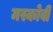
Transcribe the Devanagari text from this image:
मस्कोवी